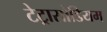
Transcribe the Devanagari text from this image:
टेट्रासोडियम